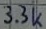
Text: 3.3k